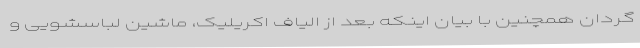
گردان همچنین با بیان اینکه بعد از الیاف اکریلیک، ماشین لباسشویی و